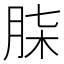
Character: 𮌒